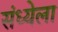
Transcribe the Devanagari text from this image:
संध्येला